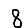
Digit: 8